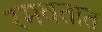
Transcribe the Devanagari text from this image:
रमवतात